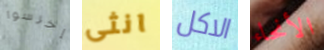
إخرسوا انثى الاكل الأنحاء